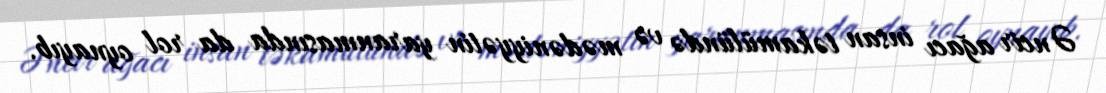
Əncir ağacı insan təkamülündə və mədəniyyətin yaranmasında da rol oynayıb.